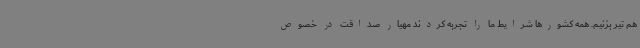
هم تیر بزنیم. همه کشورها شرایط ما را تجربه کردند مهیار صداقت در خصوص